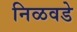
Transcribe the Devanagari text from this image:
निळवडे